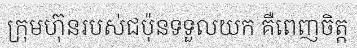
ក្រុមហ៊ុនរបស់ជប៉ុនទទួលយក គឺពេញចិត្ត